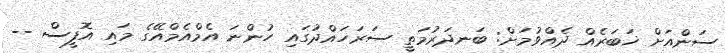
ސަންއަށް ޚަބަރެއް ދެއްވުމަށް: ބަނދަރުމަތީ ސަރަހައްދުގައި ހުންނަ އެމްއެމްއޭގެ މައި އޮފީސް --